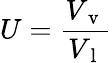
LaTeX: U=\frac{V_{\mathrm{~v~}}}{V_{\mathrm{~l~}}}